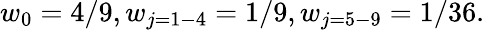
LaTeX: w_{0}=4/9,w_{j=1-4}=1/9,w_{j=5-9}=1/36.